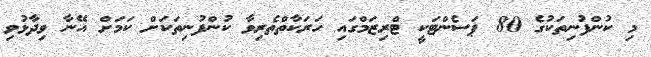
މި ކުންފުނިތަކުގެ 80 ޕަސެންޓަކީ ޓްރިޒަމްގައި ހަރަކާތްތެރިވާ ކުންފުނިތަކަށް ކަމަށް އޭނާ ވިދާޅުވި